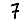
Digit: 7